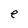
Character: e